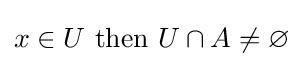
x\in U{\text{ then }}U\cap A\neq \varnothing